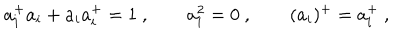
a _ { i } ^ { + } a _ { i } + a _ { i } a _ { i } ^ { + } = 1 \ , \qquad a _ { i } ^ { 2 } = 0 \ , \qquad ( a _ { i } ) ^ { + } = a _ { i } ^ { + } \ ,